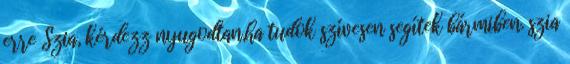
erre Szia, kérdezz nyugodtan,ha tudok szívesen segítek bármiben. szia